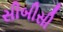
સીબીસી